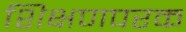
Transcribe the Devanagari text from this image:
शिक्षणपरक